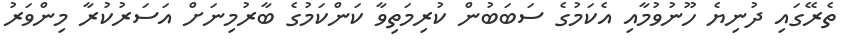
ތެރޭގައި ދުނިޔެ ހޫނުވުމާއި އެކަމުގެ ސަބަބުން ކުރިމަތިވާ ކަންކަމުގެ ބާރުމިނަށް އަސަރުކުރާ މިންވަރު